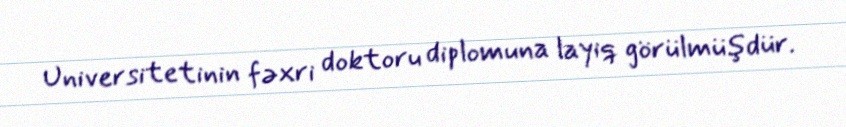
Universitetinin fəxri doktoru diplomuna layiq görülmüşdür.